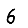
Digit: 6